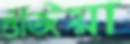
গুঁজিয়া